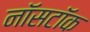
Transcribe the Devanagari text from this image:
नॉसटॉक